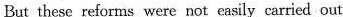
But these reforms were not eaaily carried out